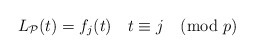
\begin{align*} L_{\mathcal{P}}(t) = f_j(t) \ \ \ t \equiv j \pmod p\end{align*}